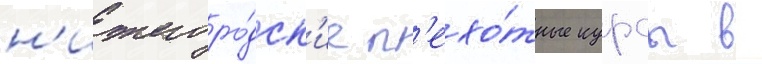
н'ижегоро́дск'ие п'ехо́тные курсы в